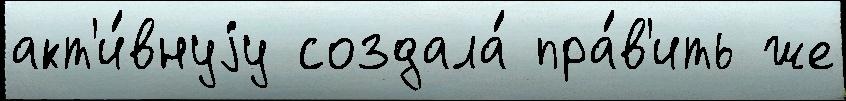
акт'и́внуjу создала́ пра́в'ить же